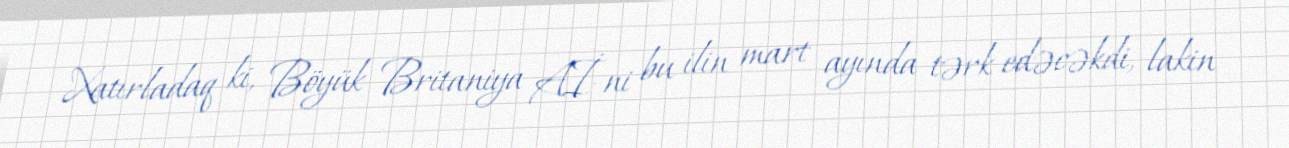
Xatırladaq ki, Böyük Britaniya Aİ-ni bu ilin mart ayında tərk edəcəkdi, lakin